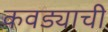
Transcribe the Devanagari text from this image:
कवड्याची